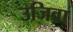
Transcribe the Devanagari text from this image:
उजिवा